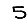
Digit: 5